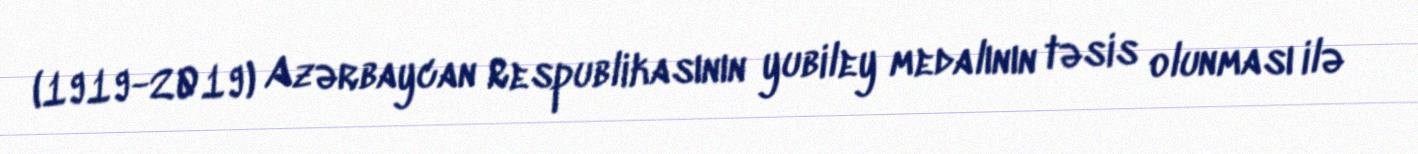
(1919-2019) Azərbaycan Respublikasının yubiley medalının təsis olunması ilə